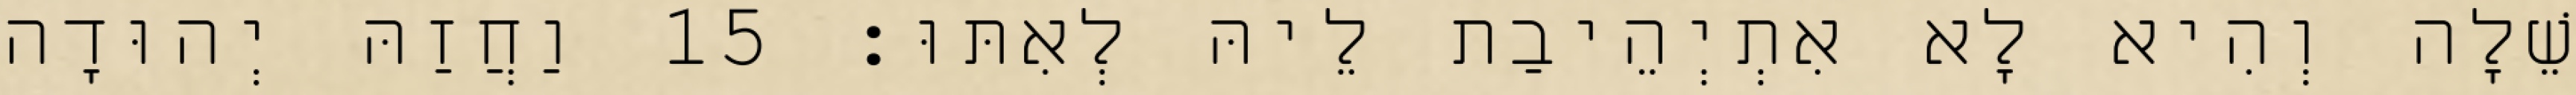
שֵׁלָה וְהִיא לָא אִתְיְהֵיבַת לֵיהּ לְאִתּוּ׃ 15 וַחֲזַהּ יְהוּדָה